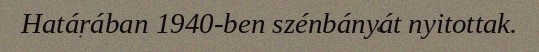
Határában 1940-ben szénbányát nyitottak.